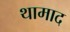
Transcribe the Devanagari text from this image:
थामाद